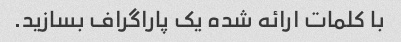
با کلمات ارائه شده یک پاراگراف بسازید.